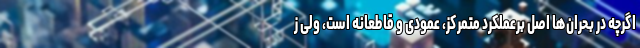
اگرچه در بحران‌ها اصل برعملکرد متمرکز، عمودی و قاطعانه است، ولی ز